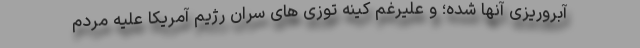
آبروریزی آنها شده؛ و علیرغم کینه توزی های سران رژیم آمریکا علیه مردم